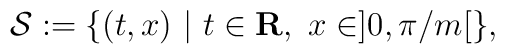
{\mathcal {S}}:=\{(t,x)~|~t\in {\bf {R}}, ~x\in] 0 ,\pi /m [ \},